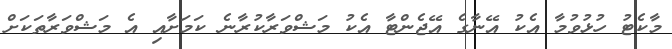
މާކެޓު ހުޅުވުމާ އެކު އޭނާގެ އޭޖެންޓާ އެކު މަޝްވަރާކުރާނެ ކަމަށާއި އެ މަޝްވަރާތަކަށް